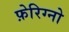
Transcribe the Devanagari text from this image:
फ़ेरिग्नो